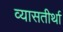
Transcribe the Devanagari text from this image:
व्यासतीर्था